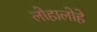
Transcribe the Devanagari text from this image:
लोहालोहे